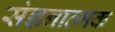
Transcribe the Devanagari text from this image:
संज्ञनात्मक